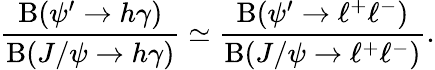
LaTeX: \frac{\mathrm{B}(\psi^{\prime}\to h\gamma)}{\mathrm{B}(J/\psi\to h\gamma)}\simeq\frac{\mathrm{B}(\psi^{\prime}\to\ell^{+}\ell^{-})}{\mathrm{B}(J/\psi\to\ell^{+}\ell^{-})}.